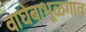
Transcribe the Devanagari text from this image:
वाघेबाभूळगाव